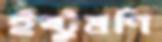
ইষ্টুমণি